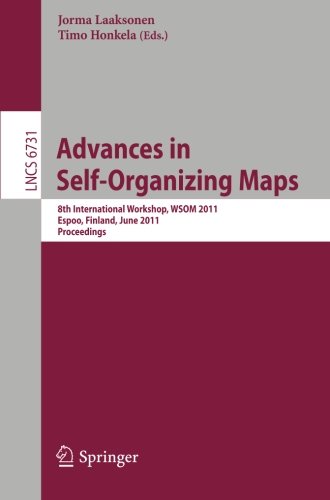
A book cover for Advances in Self-Organizing Maps: 8th International Workshop, WSOM 2011, Espoo, Finland, June 13-15, 2011. Proceedings (Lecture Notes in Computer Science); Travel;